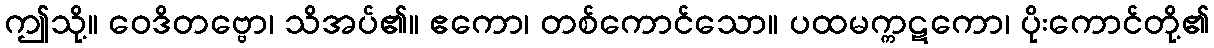
ဤသို့။ ဝေဒိတဗ္ဗော၊ သိအပ်၏။ ဧကော၊ တစ်ကောင်သော။ ပထမက္ကဋကော၊ ပိုးကောင်တို့၏